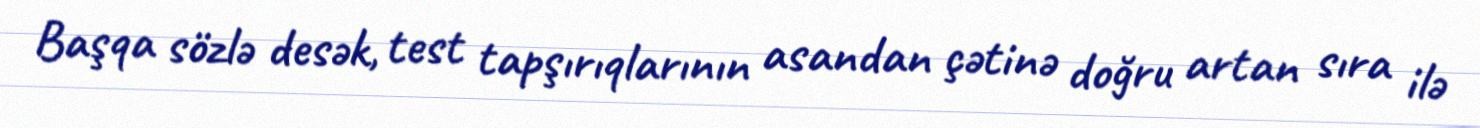
Başqa sözlə desək, test tapşırıqlarının asandan çətinə doğru artan sıra ilə